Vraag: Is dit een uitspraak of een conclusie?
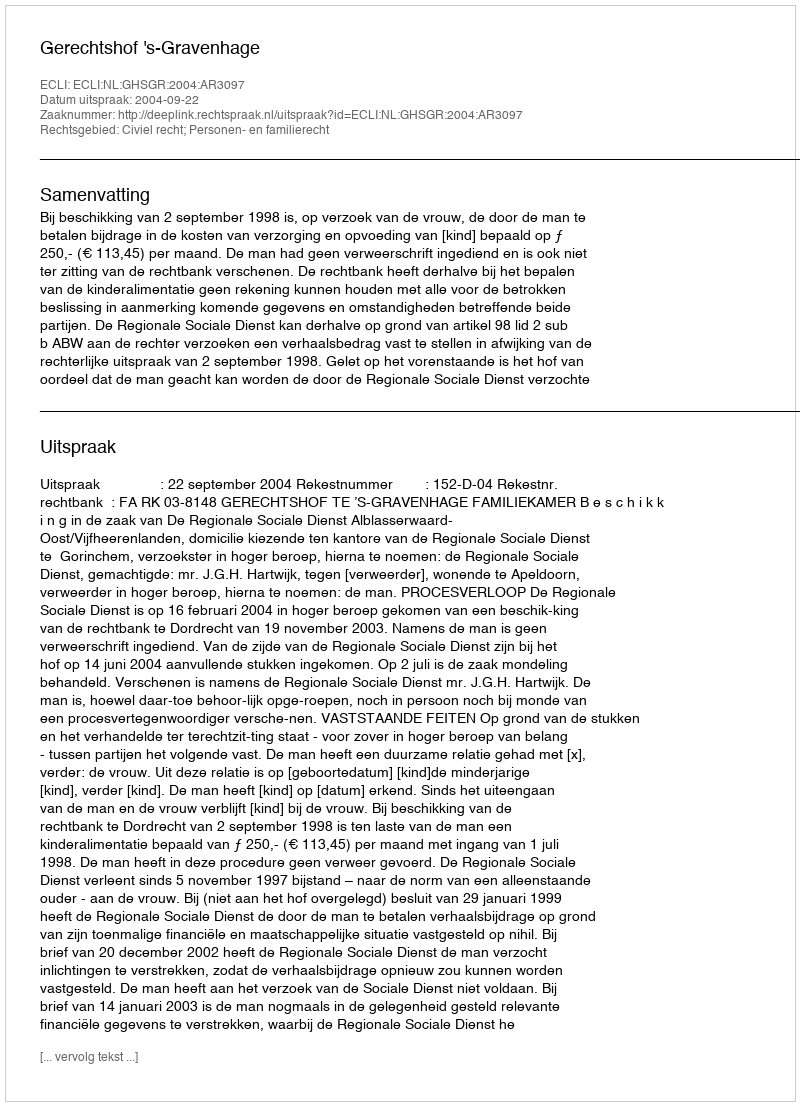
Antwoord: Uitspraak